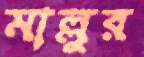
মাল্লুর